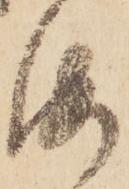
海